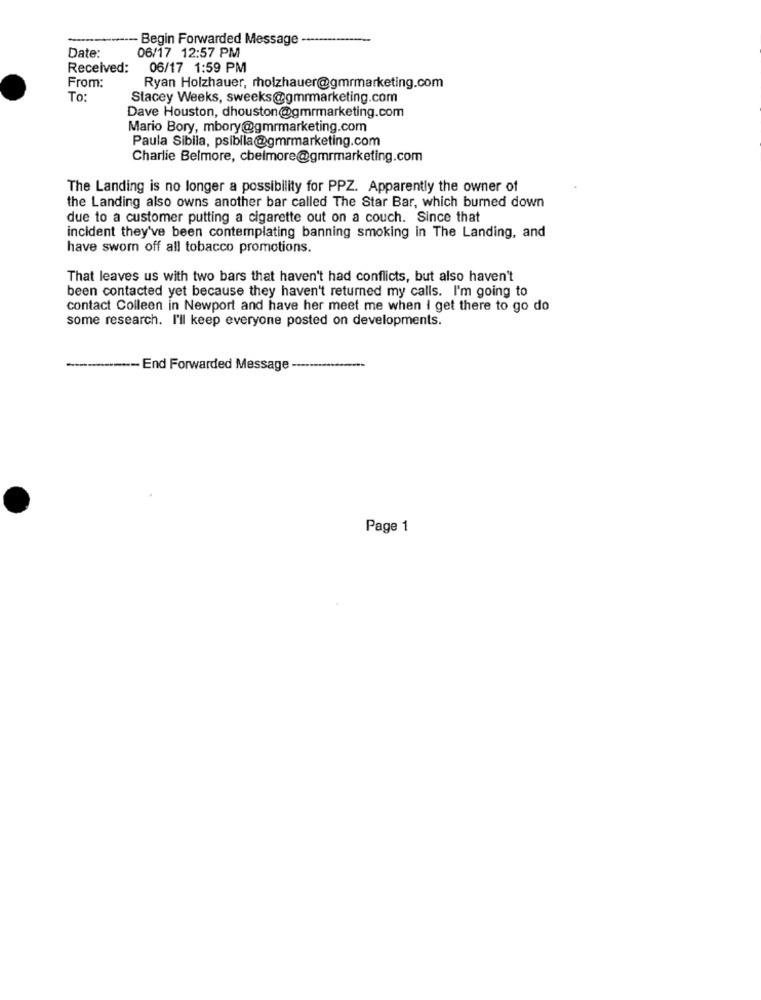
-- Begin Forwarded Message
Date:
06/17 12:57 PM
Received:
06/17 1:59 PM
From:
Ryan Holzhauer, mholzhauer@gmrmarketing.com
To:
Stacey Weeks, sweeks@gmrmarketing.com
Dave Houston, dhouston@gmrmarketing.com
Mario Bory, mbory@gmrmarketing.com
Paula Sibila, psibila@gmrmarketing.com
Charlie Belmore, chelmore@gmrmarketing.com
The Landing is no longer a possibility for PPZ. Apparently the owner of
the Landing also owns another bar called The Star Bar, which burned down
due to a customer putting a cigarette out on a couch. Since that
incident they've been contemplating banning smoking in The Landing, and
have sworn off all tobacco promotions.
That leaves us with two bars that haven't had conflicts, but also haven't
been contacted yet because they haven't returned my calls. I'm going to
contact Colleen in Newport and have her meet me when I get there to go do
some research. I'll keep everyone posted on developments.
*********------ End Forwarded Message
-
Page 1